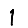
Digit: 1